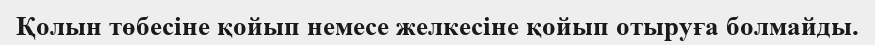
Қолын төбесіне қойып немесе желкесіне қойып отыруға болмайды.